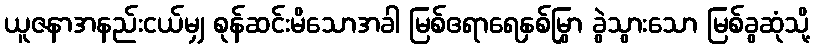
ယူဇနာအနည်းငယ်မျှ စုန်ဆင်းမိသောအခါ မြစ်ဧရာရေနှစ်မြွှာ ခွဲသွားသော မြစ်ခွဆုံသို့